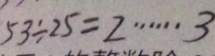
5 3 \div 2 5 = 2 \cdots 3